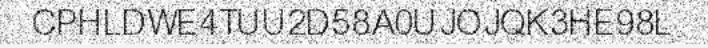
CPHLDWE4TUU2D58A0UJOJQK3HE98L